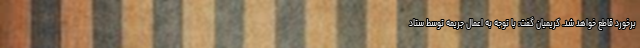
برخورد قاطع خواهد شد. کریمیان گفت: با توجه به اِعمال جریمه توسط ستاد